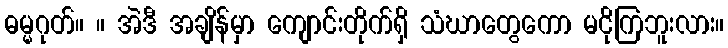
ဓမ္မဂုတ်။ ။ အဲဒီ အချိန်မှာ ကျောင်းတိုက်ရှိ သံဃာတွေကော မငိုကြဘူးလား။